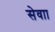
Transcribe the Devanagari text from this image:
सेवाा